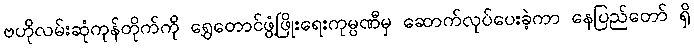
ဗဟိုလမ်းဆုံကုန်တိုက်ကို ရွှေတောင်ဖွံ့ဖြိုးရေးကုမ္ပဏီမှ ဆောက်လုပ်ပေးခဲ့ကာ နေပြည်တော် ရှိ